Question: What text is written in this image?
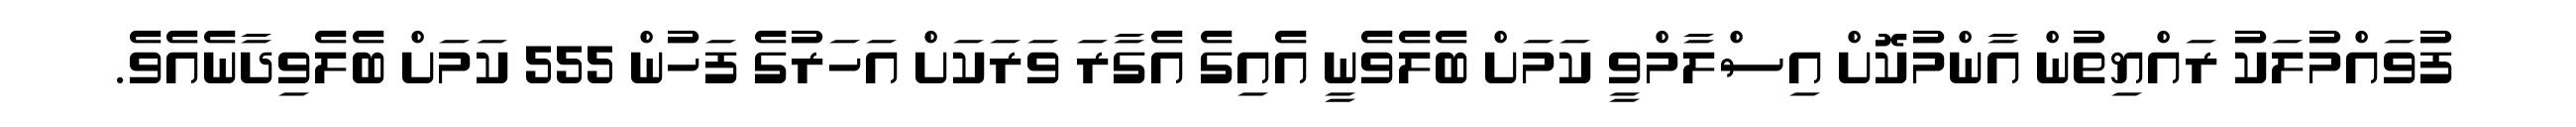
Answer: ފުވައްމުލަކު ރައްޔިތުން އާންމުކޮށް އިސްލާމްވީ ކަމަށް ބެލެވެނީ އެއިގެ އެގާރަ ވަރަކަށް އަހަރުގެ ފަހުން 555 ކަމަށް ބެލެވިދާނެއެވެ.